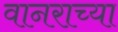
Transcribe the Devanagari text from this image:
वानराच्या